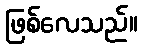
ဖြစ်လေသည်။